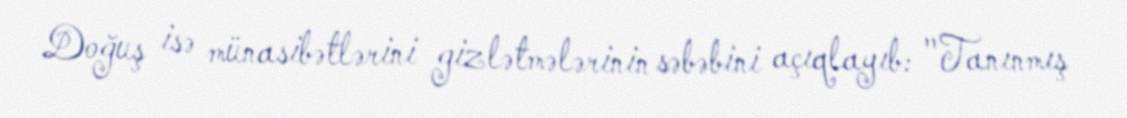
Doğuş isə münasibətlərini gizlətmələrinin səbəbini açıqlayıb: "Tanınmış